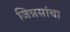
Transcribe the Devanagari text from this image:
जिन्नसांचा